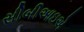
સીબીઆઇએ